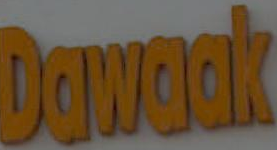
Dawaak